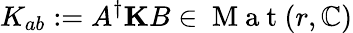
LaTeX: K_{ab}:=A^{\dagger}\mathbf{K}B\in\mathrm{~M~a~t~}(r,\mathbb{C})